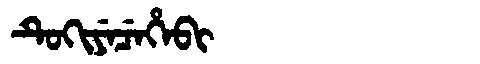
Manchu: ᡨᡠᡴᡳᠶᡝᠴᡝᡥᡝᠪᡳ
Romanization: TUKIYECEHEBI